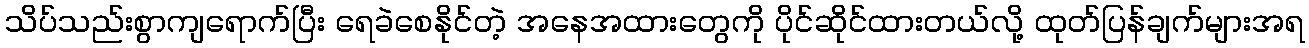
သိပ်သည်းစွာကျရောက်ပြီး ရေခဲစေနိုင်တဲ့ အနေအထားတွေကို ပိုင်ဆိုင်ထားတယ်လို့ ထုတ်ပြန်ချက်များအရ